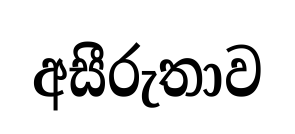
අසීරුතාව